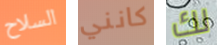
السلاح كانني لك